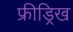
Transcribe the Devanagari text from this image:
फ्रीड्रिख